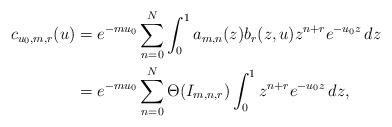
LaTeX: \begin{align*}c_{u_0,m,r}(u)&=e^{-mu_0}\sum_{n=0}^N\int_0^1a_{m,n}(z)b_r(z,u)z^{n+r}e^{-u_0z}\,dz\\&=e^{-mu_0}\sum_{n=0}^N\Theta(I_{m,n,r})\int_0^1z^{n+r}e^{-u_0z}\,dz,\end{align*}